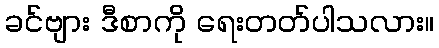
ခင်ဗျား ဒီစာကို ရေးတတ်ပါသလား။